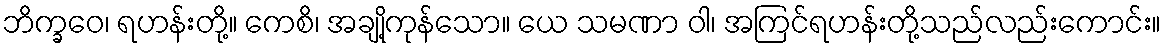
ဘိက္ခဝေ၊ ရဟန်းတို့။ ကေစိ၊ အချို့ကုန်သော။ ယေ သမဏာ ဝါ၊ အကြင်ရဟန်းတို့သည်လည်းကောင်း။